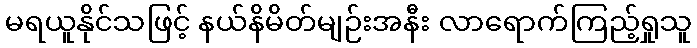
မရယူနိုင်သဖြင့် နယ်နိမိတ်မျဉ်းအနီး လာရောက်ကြည့်ရှုသူ